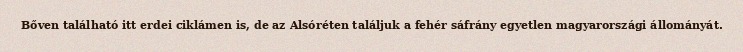
Bőven található itt erdei ciklámen is, de az Alsóréten találjuk a fehér sáfrány egyetlen magyarországi állományát.